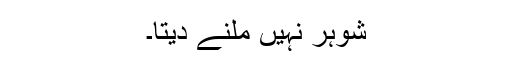
شوہر نہیں ملنے دیتا۔